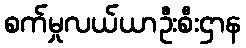
စက်မှုလယ်ယာဦးစီးဌာန